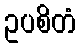
ဥပစိတံ